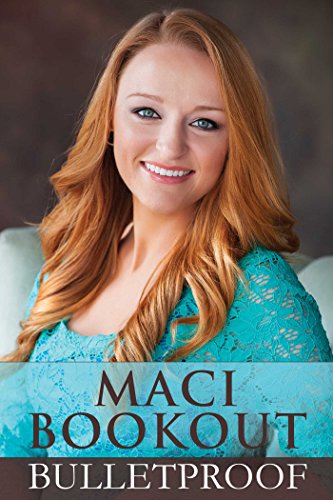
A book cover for Bulletproof; Maci Bookout; Humor & Entertainment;